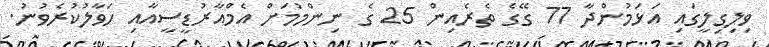
ވިލިގިލީގައި އަޅަމުންދާ 77 ގޭގެ ތެރެއިން 25 ގެ ނިންމުމަށް އެމްއާރުޑީސީއާއި ހަވާލުކުރެވުނު.